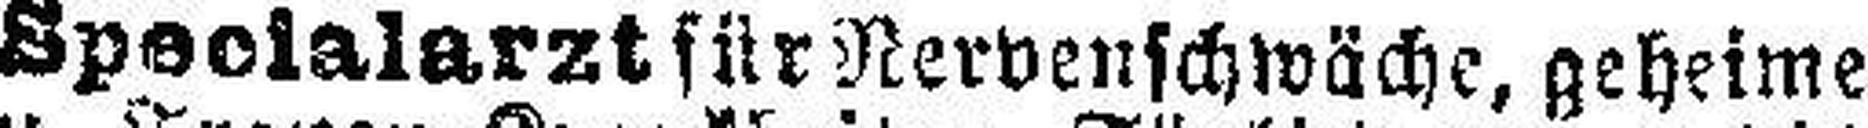
Specialarzt für Nervenschwäche, geheime